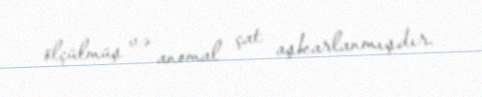
ölçülmüş və anomal çat aşkarlanmışdır.